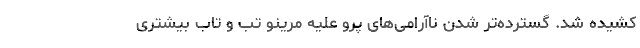
کشیده شد. گسترده‌تر شدن ناآرامی‌های پرو علیه مرینو تب و تاب بیشتری